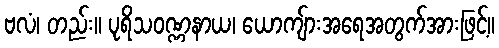
ဗလံ၊ တည်း။ ပုရိသဝဏ္ဏနာယ၊ ယောကျ်ားအရေအတွက်အားဖြင့်။